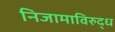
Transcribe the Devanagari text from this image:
निजामाविरुद्ध